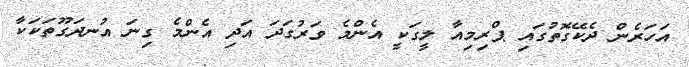
އަހަރެން ދެކޭގޮތުގައި ޕްރިމިއާ ލީގަކީ އެންމެ ވަރުގަދަ އަދި އެންމެ ގިނަ އުނދަގޫތަކަކާ